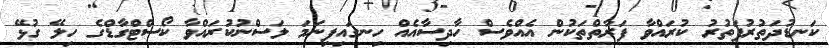
ކަނޑުދަތުރުފަތުރު ކުރައްވާ ފަރާތްތަކުން އެއްވެސް ހާދިސާއެއް ހިނގައިފިނަމަ ލަސްނުކުރައްވާ ކޯސްޓްގާޑްގެ ހިލޭ ގުޅޭ